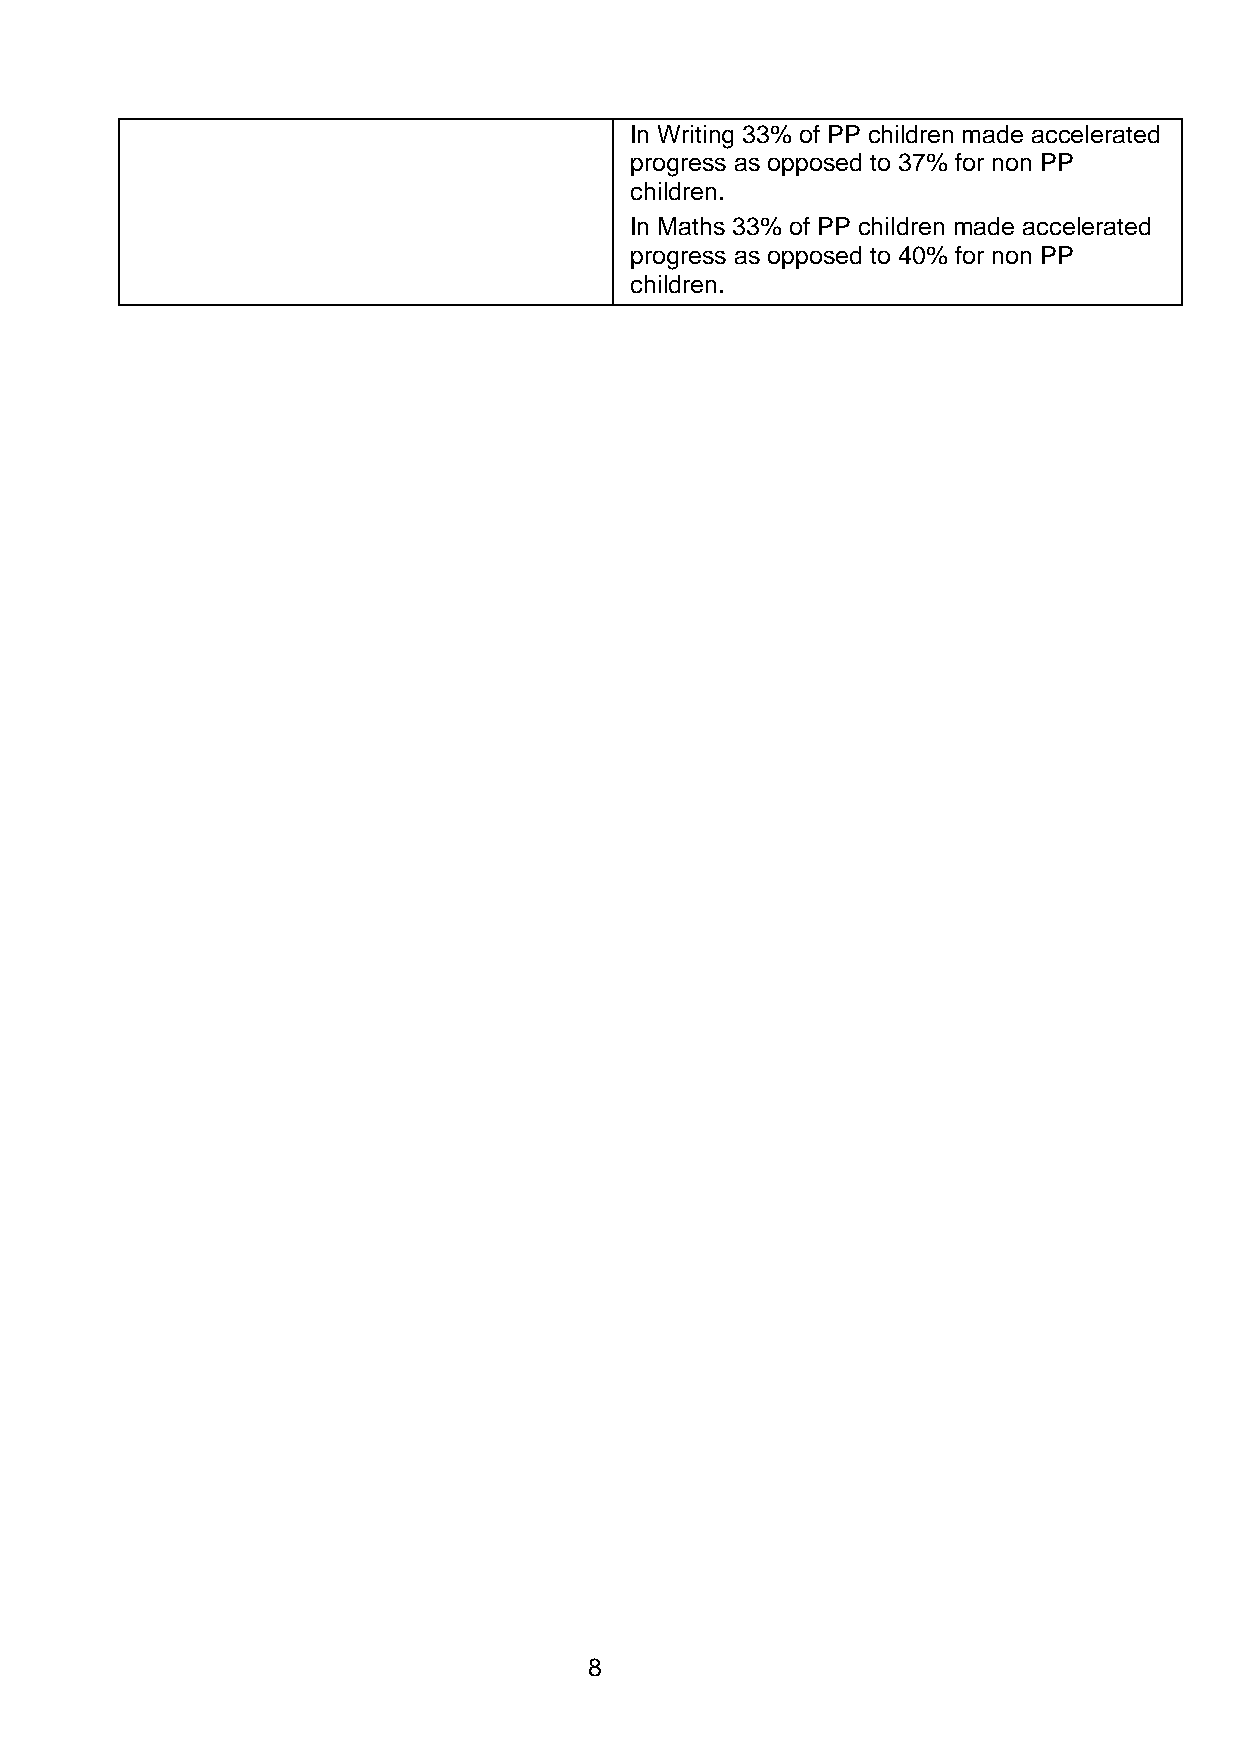
In Writing 33% of PP children made accelerated
 progress as opposed to 37% for non PP
 children.
 In Maths 33% of PP children made accelerated
 progress as opposed to 40% for non PP
 children.
 8